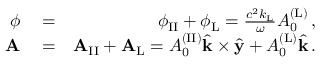
\begin{array} { r l r } { \phi } & { { } = } & { \phi _ { \mathrm { I I } } + \phi _ { \mathrm { L } } = \frac { c ^ { 2 } k _ { \mathrm { L } } } { \omega } A _ { 0 } ^ { \mathrm { ( L ) } } \, , } \\ { { \bf A } } & { { } = } & { { \bf A } _ { \mathrm { I I } } + { \bf A } _ { \mathrm { L } } = A _ { 0 } ^ { \mathrm { ( I I ) } } \hat { { \bf k } } \times \hat { { \bf y } } + A _ { 0 } ^ { \mathrm { ( L ) } } \hat { { \bf k } } \, . } \end{array}